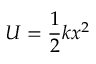
U = { \frac { 1 } { 2 } } k x ^ { 2 }